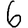
Digit: 6